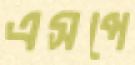
এসপে